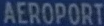
AÉROPORT